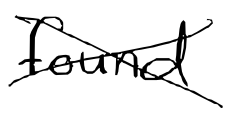
Text: found
Cross-out: cross
Writing tool: digital_black